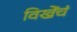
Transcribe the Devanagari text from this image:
विखेंचं